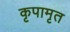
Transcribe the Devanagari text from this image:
कृपामृत